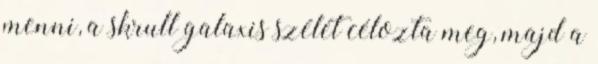
menni, a skrull galaxis szélét célozta meg, majd a